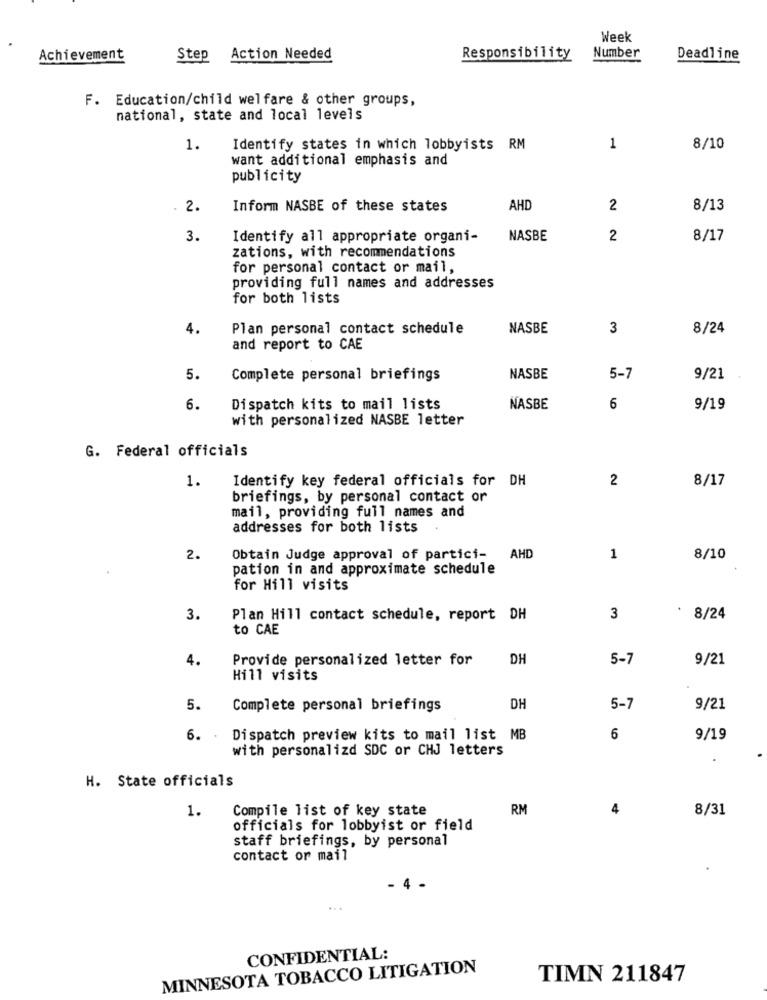
Week
Achievement
Step
Action Needed
Responsibility
Number
Deadline
F. Education/child welfare & other groups,
national, state and local levels
1.
Identify states in which lobbyists RM
1
8/10
want additional emphasis and
publicity
. 2.
Inform NASBE of these states
AHD
2
8/13
3.
Identify all appropriate organi-
NASBE
2
8/17
zations, with recommendations
for personal contact or mail,
providing full names and addresses
for both lists
4.
Plan personal contact schedule
NASBE
3
8/24
and report to CAE
5.
Complete personal briefings
NASBE
5-7
9/21
6.
Dispatch kits to mail lists
NASBE
6
9/19
with personalized NASBE letter
G. Federal officials
1.
Identify key federal officials for DH
2
8/17
briefings, by personal contact or
mail, providing full names and
addresses for both lists
2.
Obtain Judge approval of partici- AHD
1
8/10
pation in and approximate schedule
for Hill visits
3.
Plan Hill contact schedule, report DH
3
8/24
to CAE
4.
Provide personalized letter for
DH
5-7
9/21
Hill visits
5.
Complete personal briefings
DH
5-7
9/21
6.
Dispatch preview kits to mail list MB
6
9/19
with personalizd SDC or CHJ letters
H. State officials
1.
Compile list of key state
RM
4
8/31
officials for lobbyist or field
staff briefings, by personal
contact or mail
- 4 -
...
CONFIDENTIAL:
MINNESOTA TOBACCO LITIGATION
TIMN 211847